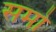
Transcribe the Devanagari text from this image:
समो